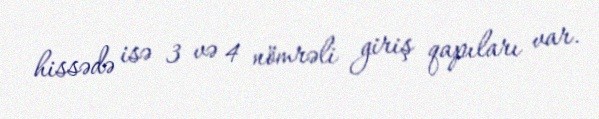
hissədə isə 3 və 4 nömrəli giriş qapıları var.